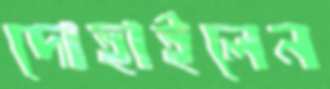
দোহাইলেন